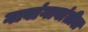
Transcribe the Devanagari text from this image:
गावांगावांतील